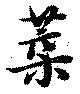
葉